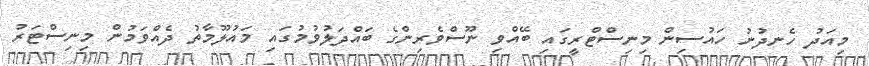
މިއަދު ހެނދުނު ހައުސިން މިނިސްޓްރީގައި ބޭއްވި ނޫސްވެރިންގެ ބައްދަލުވުމުގައި މައުލޫމާތު ދެއްވަމުން މިނިސްޓަރު